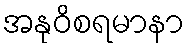
အနုဝိစရမာနာ